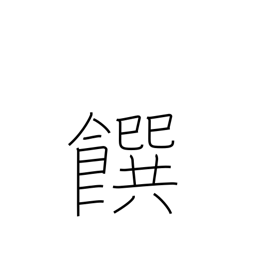
Meaning: food